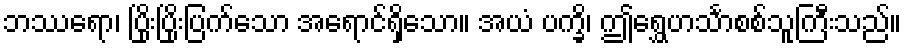
ဘဿရော၊ ပြိုးပြိုးပြက်သော အရောင်ရှိသော။ အယံ ပက္ခိ၊ ဤရွှေဟင်္သာစစ်သူကြီးသည်။